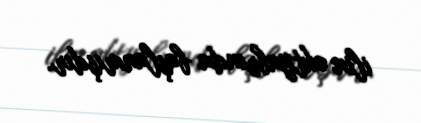
ilin oktyabrında başlanmışdır.